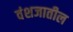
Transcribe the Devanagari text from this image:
वंशजातील